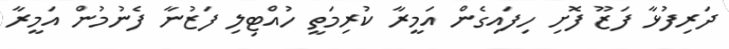
ދަރިފުޅާ ފަޒޫ ފޮށި ހިފައިގެން އަމީރާ ކުރިމަތީ ހުއްޓިލި ފަޒުނާ ފެނުމުން އަމީރާ